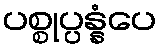
ပစ္စုပ္ပန္နံပေ